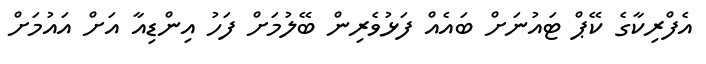
އެފްރިކާގެ ކޭޕް ޓައުނަށް ބައެއް ފަޅުވެރިން ބޭލުމަށް ފަހު އިންޑިއާ އަށް އައުމަށް